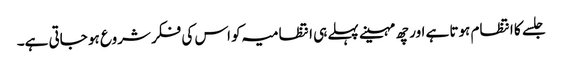
جلسے کا انتظام ہوتا ہے اور چھ مہینے پہلے ہی انتظامیہ کو اس کی فکر شروع ہو جاتی ہے۔